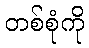
တစ်စုံကို